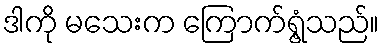
ဒါကို မသေးက ကြောက်ရွံ့သည်။